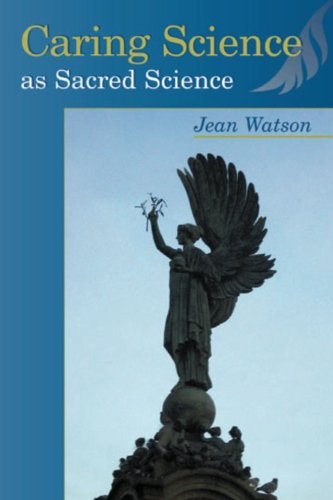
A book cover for Caring Science as Sacred Science; Jean Watson PhD  RN  HNC  FAAN; Medical Books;